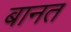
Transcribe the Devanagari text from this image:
बानत